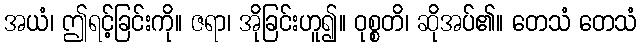
အယံ၊ ဤရင့်ခြင်းကို။ ဇရာ၊ အိုခြင်းဟူ၍။ ဝုစ္စတိ၊ ဆိုအပ်၏။ တေသံ တေသံ